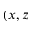
( x , z